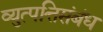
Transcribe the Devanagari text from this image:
व्युत्पत्तिसंबंध